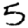
Digit: 5